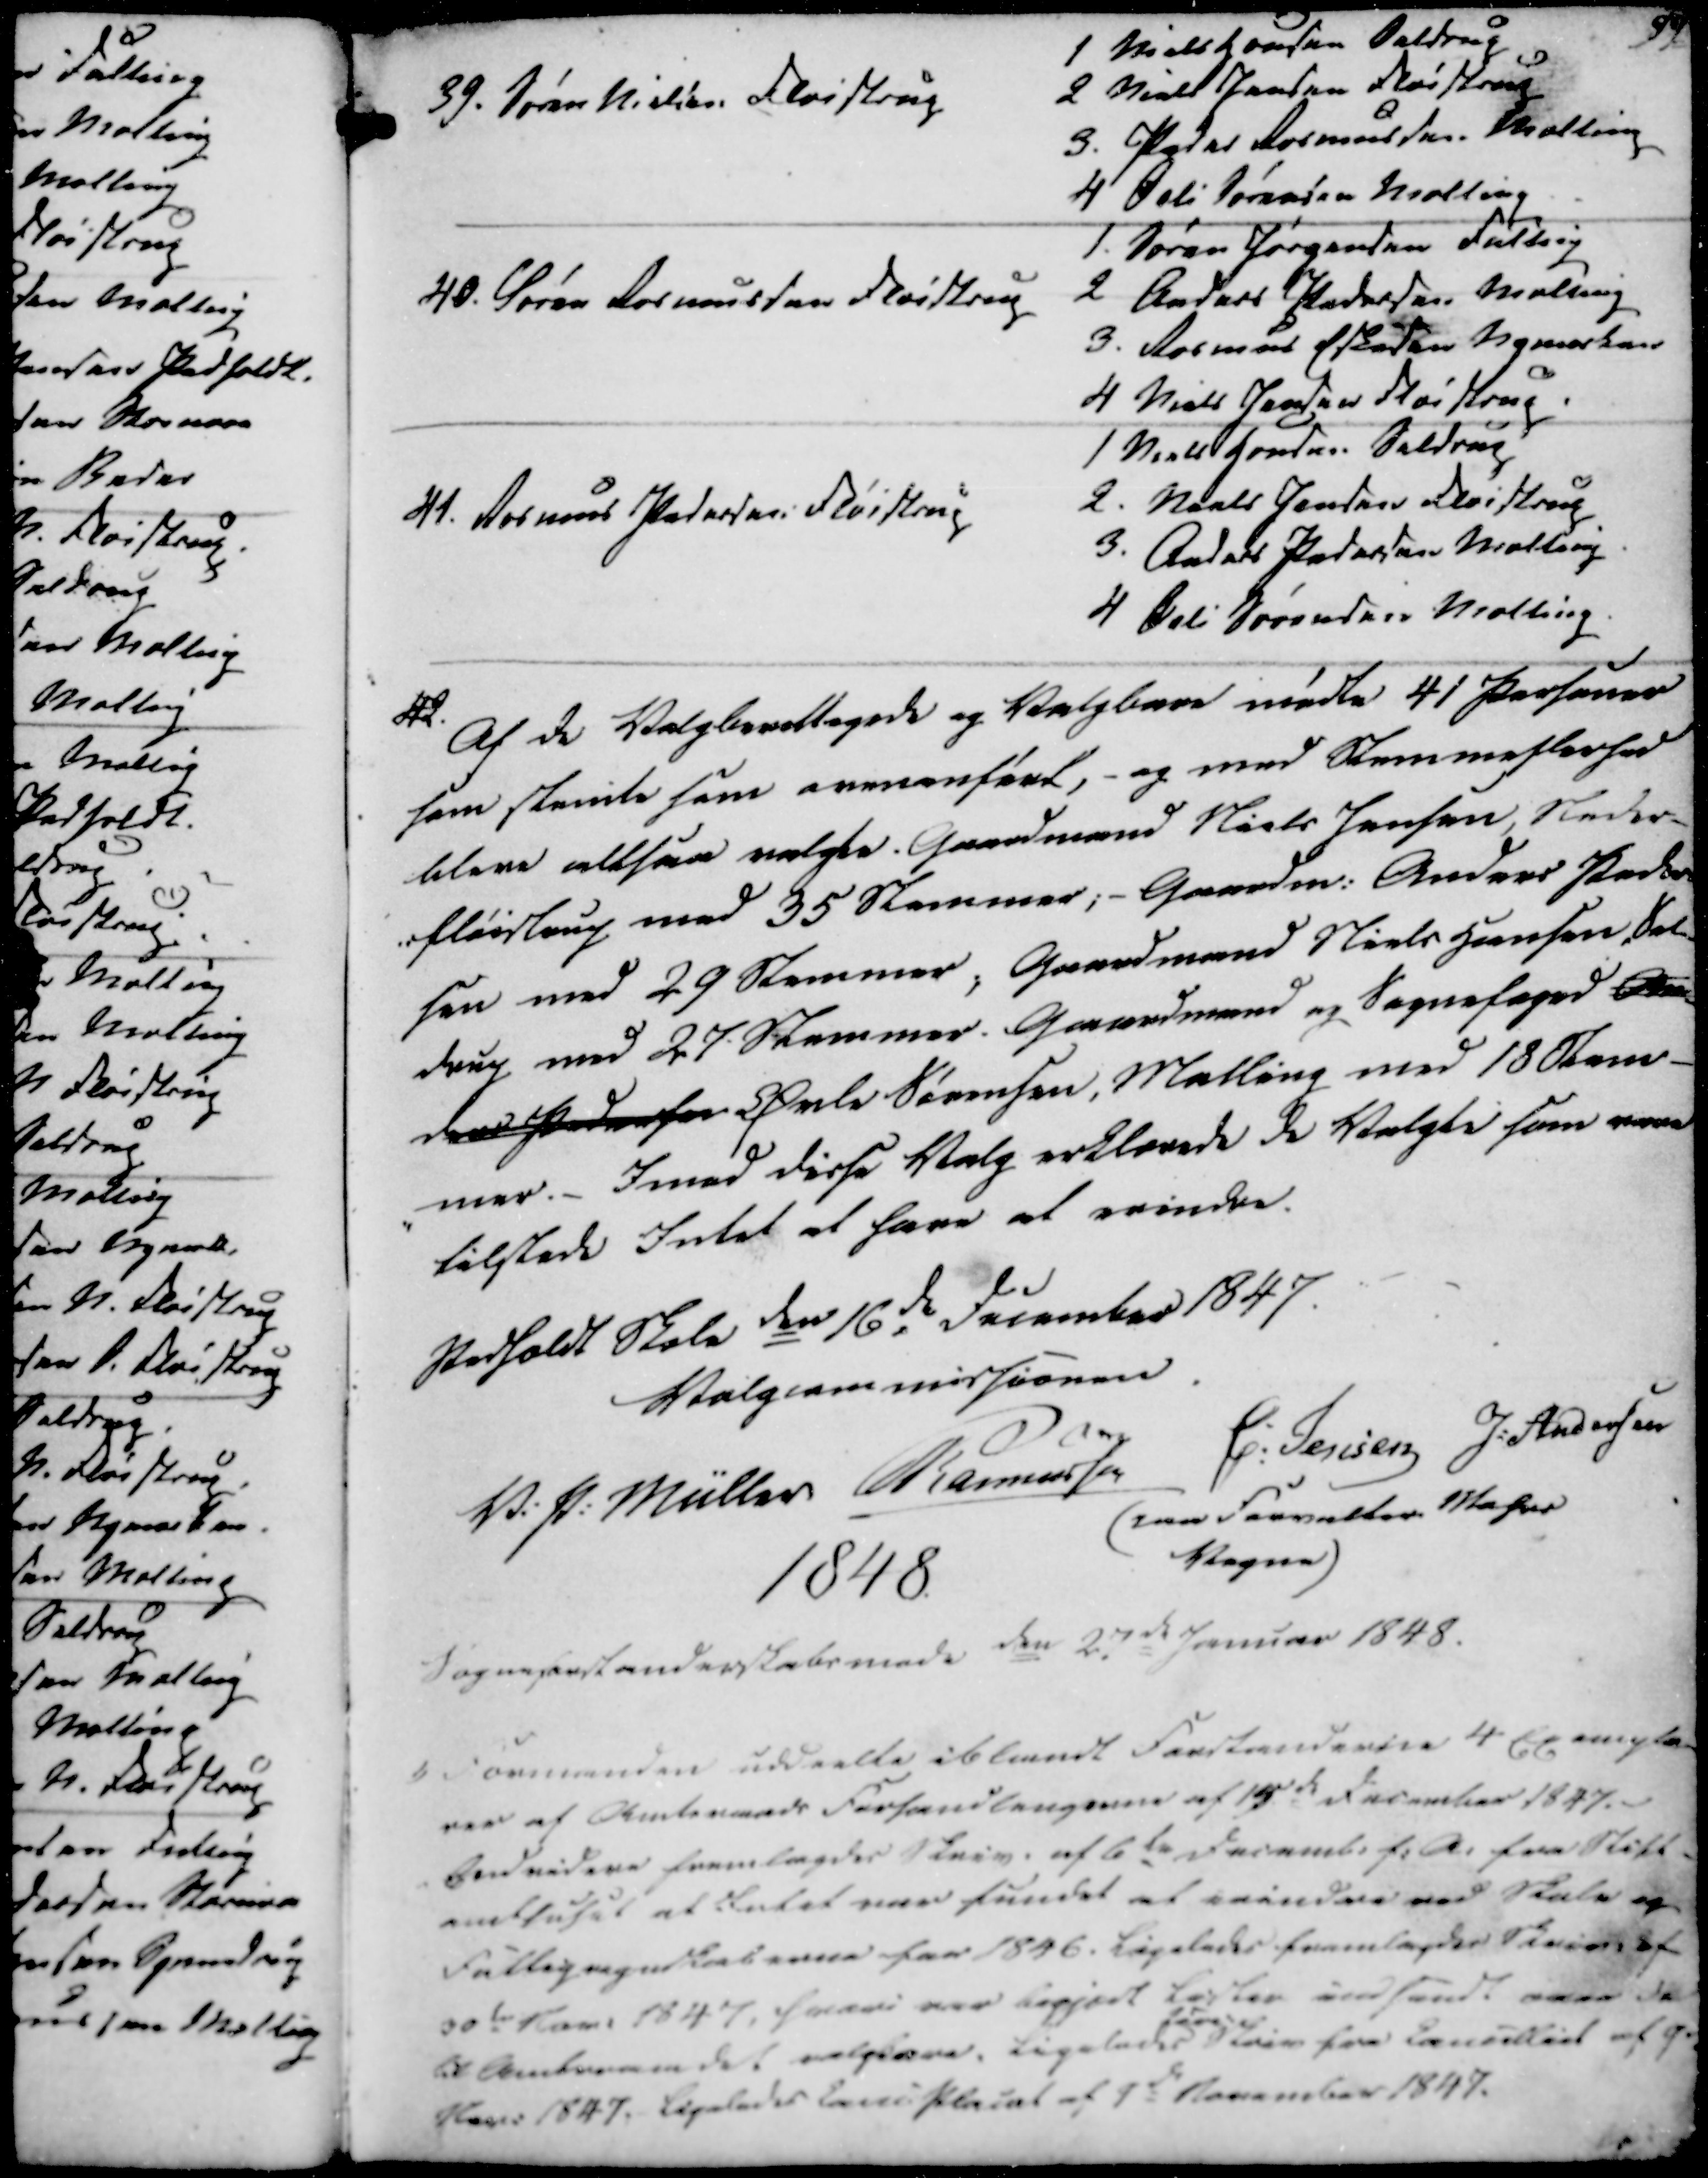
Transskription:
39. Søren Nielsen Fløistrup
1 Niels Hansen Seldrup
2 Niels Jensen Fløistrup
3. Peder Rasmussen Malling
4 Øvli Sørensen Malling

40. Søren Rasmussen Fløistrup
1. Søren Jørgensen Fulling
2 Anders Pedersen Malling
3. Rasmus Eskesen Nymarken
4 Niels Jensen Fløistrup

41. Rasmus Pedersen i Fløistrup
1 Niels Hansen Seldrup
2. Niels Jensen Fløistrup
3. Anders Pedersen Malling
4. Oeli Sørensen Malling

42
Af de Valgberettigede og Valgbare mødte 41 Personer
som stemte som ovenanført, - og med Stemmeflerhed
bleve altsaa valgte Gaardmand Niels Jensen, Neder-
-fløistrup med 35 Stemmer; - Gaardm. Anders Peder-
sen med 29 Stemmer; Gaardmand Niels Hansen, Sel-
drup med 27 Stemmer. Gaardmand og Sognefoged An-
ders Pedersen Øvle Sørensen, Malling med 18 Stem-
mer. Imed disse Valg erklærede de Valgte som være
tilstede Intet at have at erindre.

Pedholdt Skole den 16de December 1847.

Valgcommissionen
V. P. Müller
Rasmussen
C. Jensen
J. Andersen
(paa Forvalter Mohrs
Vegne)
1848.
Sogneforstanderskabsmøde den 27de Januar 1848.

1) Formanden uddeelte iblandt Forstanderne 4 Exempla-
rer af Amtsraads Forhandlingerne af 15de December 1847.
Endvidere fremlagdes Skriv. af 6de Decemb. f.A. fra Stift-
amthuset at Intet var fundet at erindre ved Skole og
Fattigregnskaberne for 1846. Ligeledes fremlagdes Skriv. af
30te Nov. 1847, hvori var begjært lister indsendt over de
til Amtsraadet valgbare. Ligeledes Skriv fra Cancelliet af 9.
Nov. 1847. Ligeledes Canc. Placat af 9de November 1847.